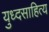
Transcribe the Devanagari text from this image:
युध्दसाहित्य